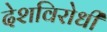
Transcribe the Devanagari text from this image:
देशविरोधी